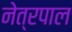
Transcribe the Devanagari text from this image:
नेत्रपाल